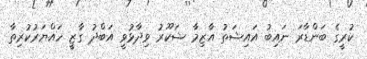
ކުރީގެ ބަންޑާރަ ނައިބު އައިޝަތު އާޒިމާ ޝަކޫރު ވިދާޅުވީ އަބްދު ގާޒީ ހައްޔަރުކުރިތާ